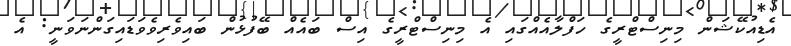
އެޑިއުކޭޝަން މިނިސްޓްރީގެ ހަފްލާއެއްގައި އެ މިނިސްޓްރީގެ އިސް ބައެއް ބޭފުޅުން ބައިވެރިވެވަޑައިގަންނަވަނީ: އެ